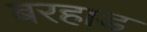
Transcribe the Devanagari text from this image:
बरहाड